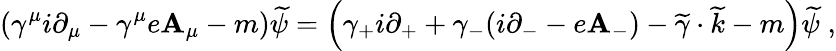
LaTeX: \left(\gamma^{\mu}i\partial_{\mu}-\gamma^{\mu}e\mathbf{A}_{\mu}-m\right)\widetilde{{\psi}}=\left(\gamma_{+}i\partial_{+}+\gamma_{-}(i\partial_{-}-e\mathbf{A}_{-})-\widetilde{{\gamma}}\cdot\widetilde{{k}}-m\right)\widetilde{{\psi}}\; ,